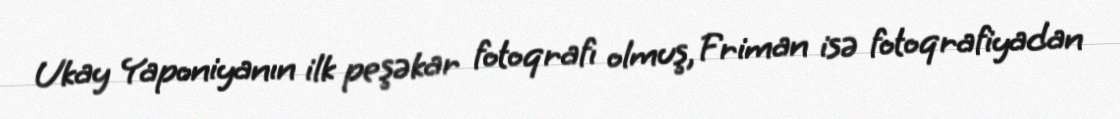
Ukay Yaponiyanın ilk peşəkar fotoqrafı olmuş, Friman isə fotoqrafiyadan